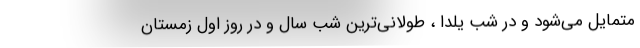
متمایل می‌شود و در شب یلدا ، طولانی‌ترین شب سال و در روز اول زمستان